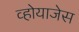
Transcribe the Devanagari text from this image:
व्होयाजेस